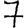
Digit: 7